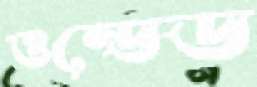
ওন্ডেড